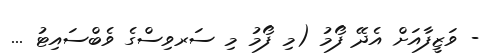
- ވަޒީފާއަށް އެދޭ ފޯމު (މި ފޯމު މި ސަރވިސްގެ ވެބްސައިޓު ...